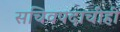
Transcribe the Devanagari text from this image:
सचिवपदाचीही